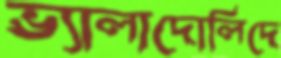
ভ্যালাদোলিদে